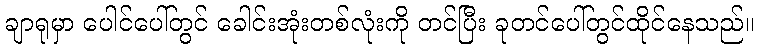
ချာရုမှာ ပေါင်ပေါ်တွင် ခေါင်းအုံးတစ်လုံးကို တင်ပြီး ခုတင်ပေါ်တွင်ထိုင်နေသည်။